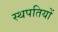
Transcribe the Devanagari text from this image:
स्थपतियों